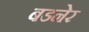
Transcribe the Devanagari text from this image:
बडनेर